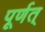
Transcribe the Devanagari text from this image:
पूर्णत्